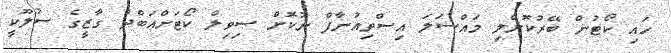
ހައި ކޯޓުން ބޭރުކޮށްލި މައްސަލަ އިސްތިއުނާފް ނުކޮށް ސިވިލް ކޯޓަށްއަބްދު ގާޒީގެ ސުލޫކީ